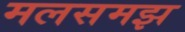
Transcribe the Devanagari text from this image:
मलसमझ